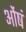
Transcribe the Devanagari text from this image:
ओंषं